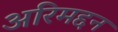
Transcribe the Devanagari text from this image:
अरिमद्दन